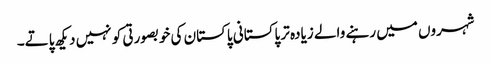
شہروں میں رہنے والے زیادہ تر پاکستانی پاکستان کی خوبصورتی کو نہیں دیکھ پاتے۔